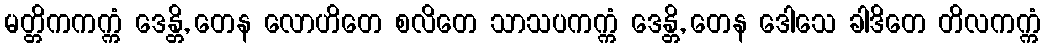
မတ္တိကကက္ကံ ဒေန္တိ, တေန လောဟိတေ စလိတေ သာသပကက္ကံ ဒေန္တိ, တေန ဒေါသေ ခါဒိတေ တိလကက္ကံ